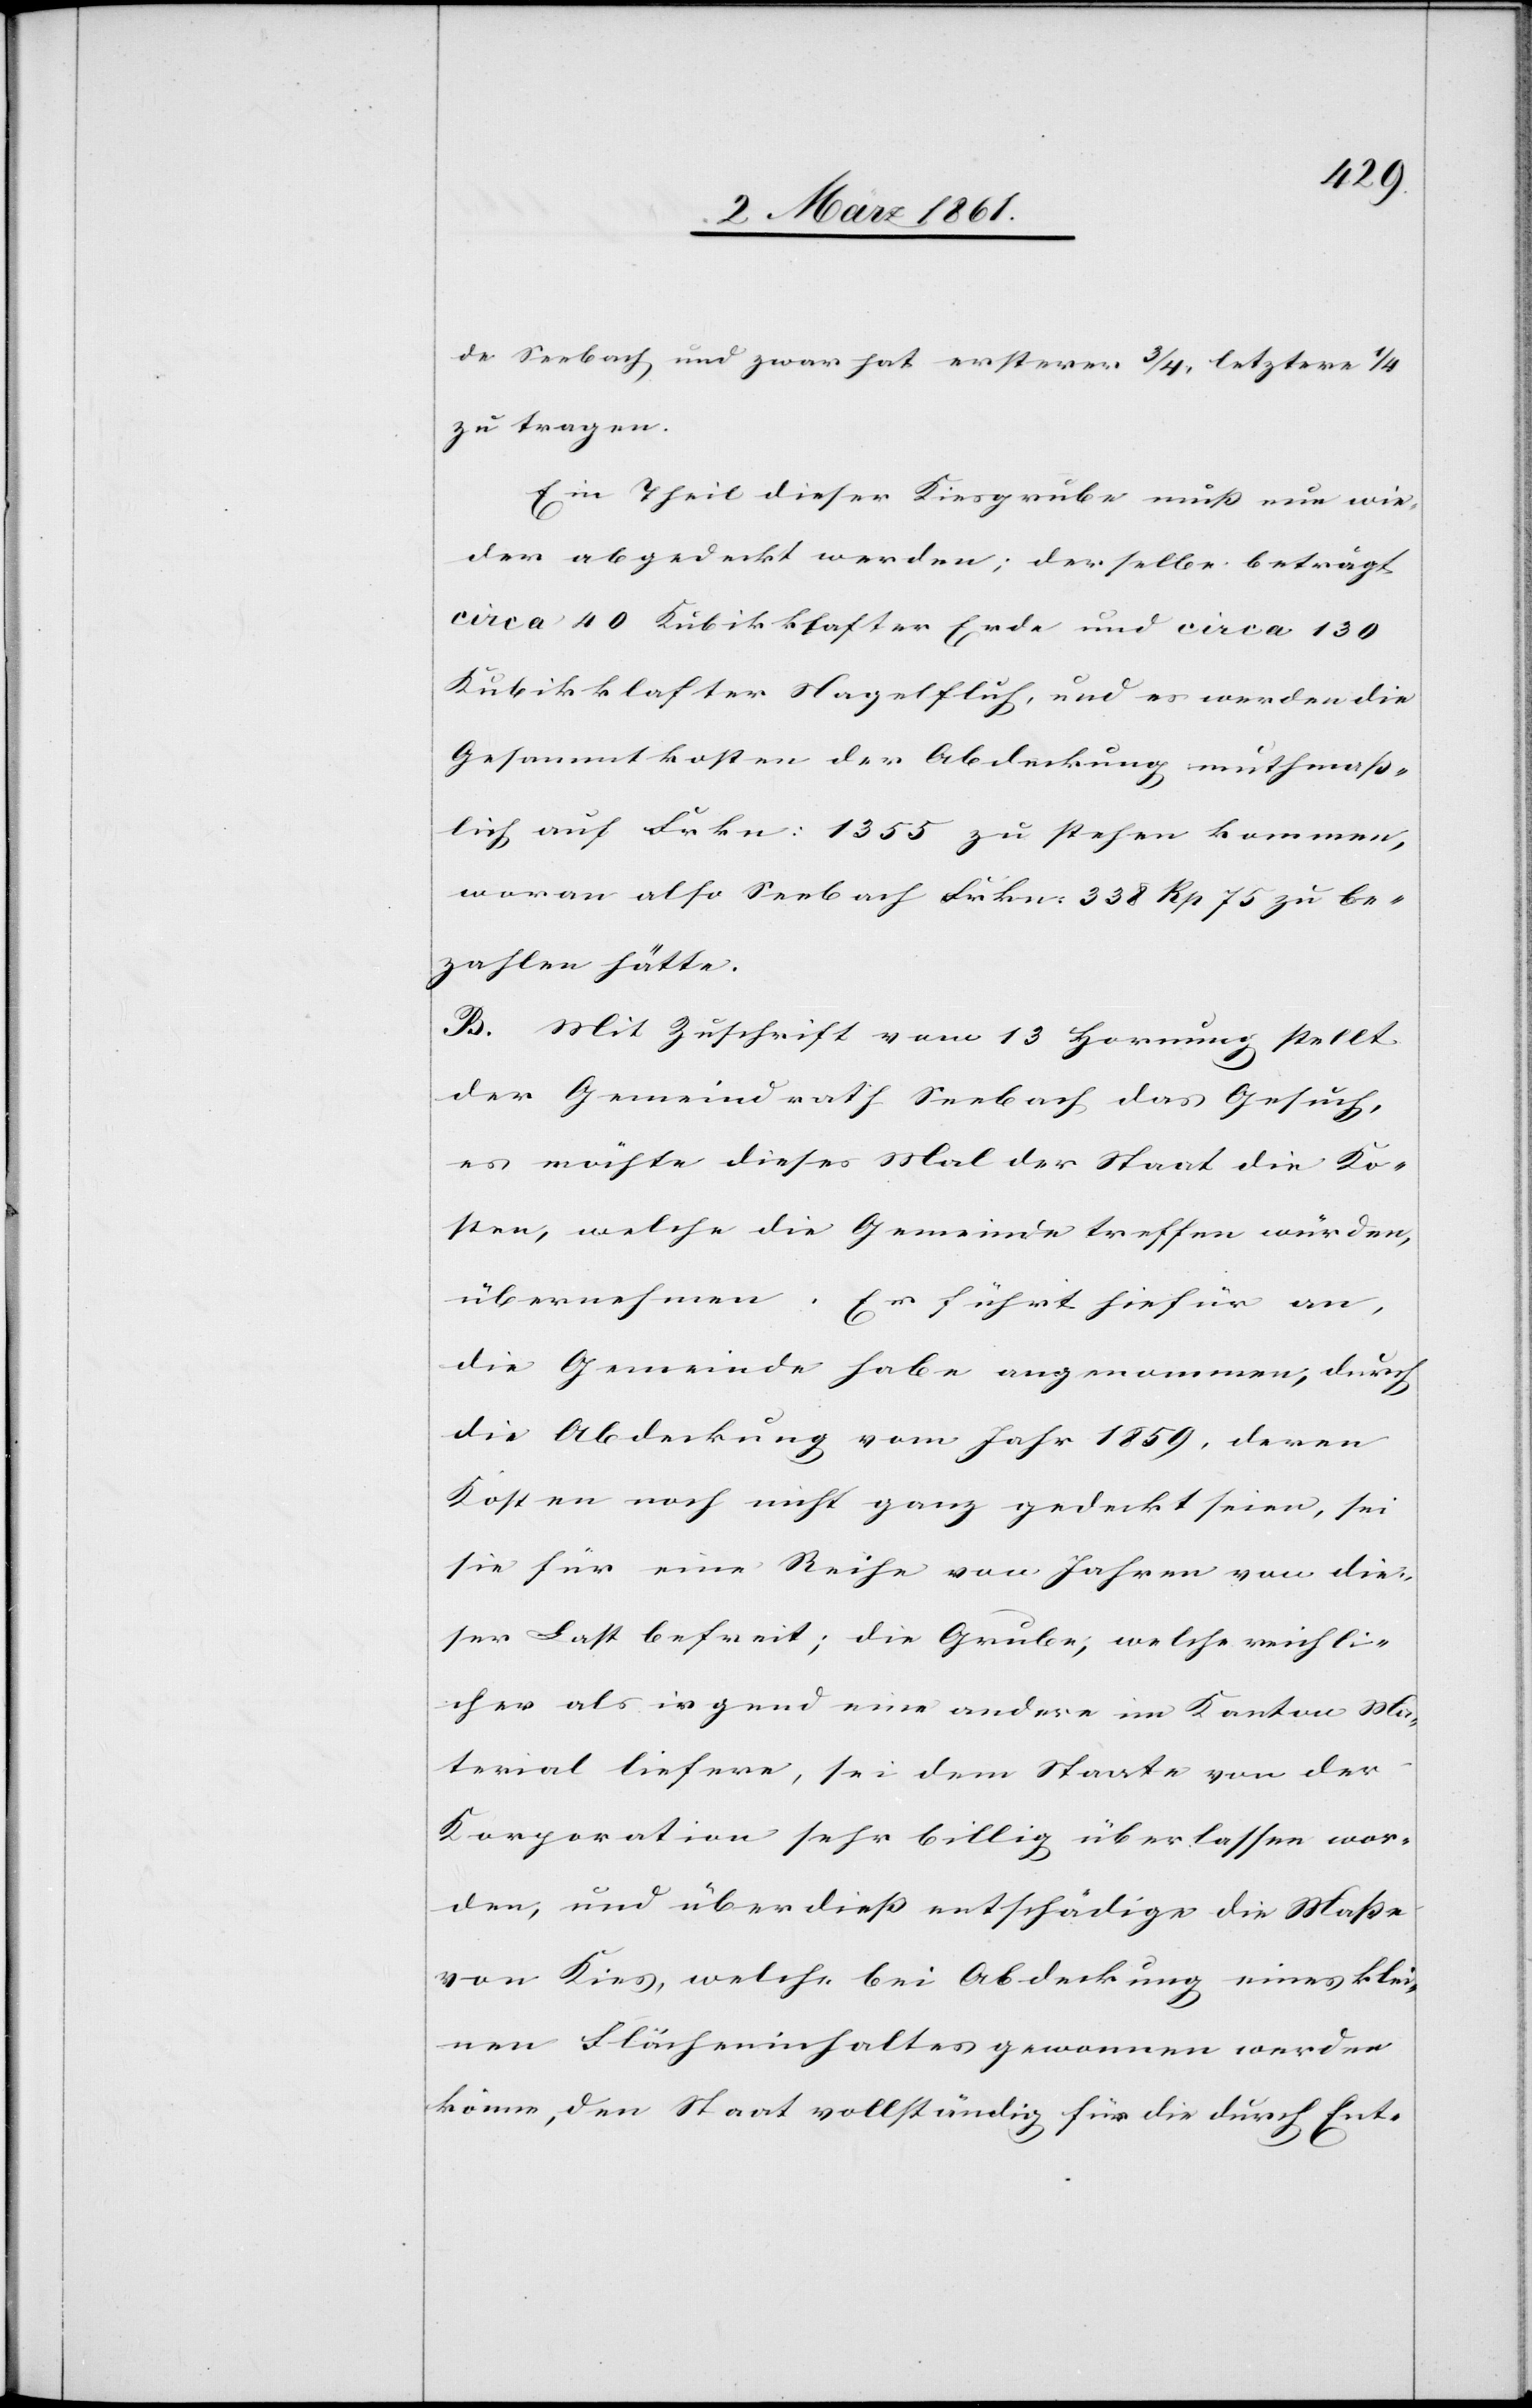
de Seebach und zwar hat ersterer 3/4, letztere 1/4
zu tragen.
Ein Theil dieser Kiesgrube muss nun wie¬
der abgedeckt werden; derselbe beträgt
circa 40 Kubikklafter Erde und circa 130
Kubikklafter Nagelfluh, und es werden die
Gesammtkosten der Abdeckung muthmass¬
lich auf Frkn. 1355 zu stehen kommen,
woran also Seebach Frkn. 338 Rp. 75 zu be¬
zahlen hätte.
B. Mit Zuschrift vom 13 Hornung stellt
der Gemeindrath Seebach das Gesuch,
es möchte dieses Mal der Staat die Ko¬
sten, welche die Gemeinde treffen würden,
übernehmen.
Er führt hiefür an,
die Gemeinde habe angenommen, durch
die Abdeckung vom Jahr 1859, deren
Kosten noch nicht ganz gedeckt seien, sei
sie für eine Reihe von Jahren von die¬
ser Last befreit; die Grube, welche reichli¬
cher als irgend eine andere im Kanton Ma¬
terial liefere, sei dem Staate von der
Korporation sehr billig überlassen wor¬
den, und überdiess entschädige die Masse
von Kies, welche bei Abdeckung eines klei¬
nen Flächeninhaltes gewonnen werden
könne, den Staat vollständig für die durch Ent-